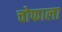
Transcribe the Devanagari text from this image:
चोफाला